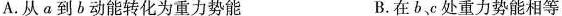
A.从a到b动能转化为重力势能 B.在bc处重力势能相等